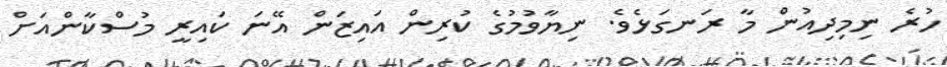
ހުރެ ނިމިދިއުން މާ ރަނގަޅެވެ. ނިޔާވުމުގެ ކުރިން އައިޒަން އޭނަ ކައިރީ މުސްކާންއަށް